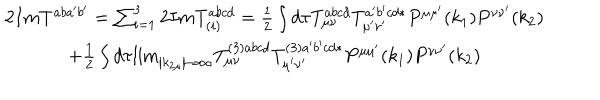
LaTeX: \begin{array} { c } { { 2 I m T _ { } ^ { a b a ^ { \prime } b ^ { \prime } } = \sum _ { i = 1 } ^ { 3 } 2 I m T _ { \left( i \right) } ^ { a b c d } = \frac 1 2 \int d \tau T _ { \mu \nu } ^ { a b c d } T _ { \mu ^ { \prime } \nu ^ { \prime } } ^ { a ^ { \prime } b ^ { \prime } c d * } P ^ { \mu \mu ^ { \prime } } ( k _ { 1 } ) P ^ { \nu \nu ^ { \prime } } ( k _ { 2 } ) } } \\ { { + \frac 1 2 \int d \tau { \lim _ { \left| k _ { 2 \mu } \right| \rightarrow \infty } } T _ { \mu \nu } ^ { ( 3 ) a b c d } T _ { \mu ^ { \prime } \nu ^ { \prime } } ^ { ( 3 ) a ^ { \prime } b ^ { \prime } c d * } P ^ { \mu \mu ^ { \prime } } ( k _ { 1 } ) P ^ { \nu \nu ^ { \prime } } ( k _ { 2 } ) _ { } } } \\ \end{array}